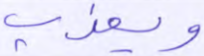
ويعذب